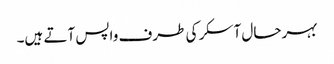
بہرحال آسکر کی طرف واپس آتے ہیں۔